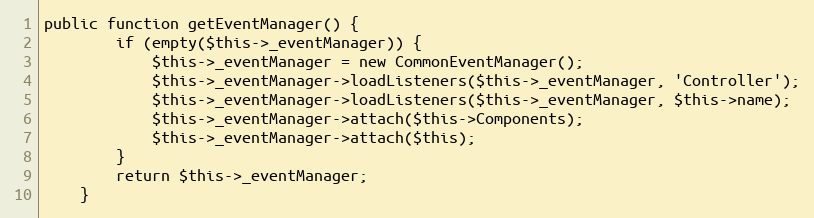
Language: PHP
public function getEventManager() {
		if (empty($this->_eventManager)) {
			$this->_eventManager = new CommonEventManager();
			$this->_eventManager->loadListeners($this->_eventManager, 'Controller');
			$this->_eventManager->loadListeners($this->_eventManager, $this->name);
			$this->_eventManager->attach($this->Components);
			$this->_eventManager->attach($this);
		}
		return $this->_eventManager;
	}